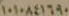
۱٠١٠٨٤١٦٩٠